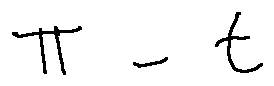
\pi - t